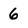
Character: 6